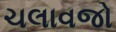
ચલાવજો